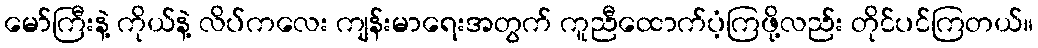
မော်ကြီးနဲ့ ကိုယ်နဲ့ လိပ်ကလေး ကျန်းမာရေးအတွက် ကူညီထောက်ပံ့ကြဖို့လည်း တိုင်ပင်ကြတယ်။